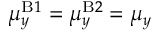
\mu _ { y } ^ { \mathrm { B } 1 } = \mu _ { y } ^ { \mathrm { B } 2 } = \mu _ { y }